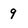
Character: 9